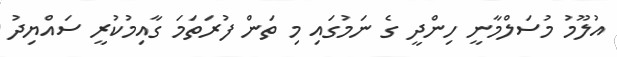
އުލޫމު މުސަލްމާނީ ހިންދީ ގެ ނަމުގައި މި ތަން ފުރަތަމަ ގާއިމުކުރީ ސައްޔިދު